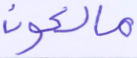
مالكون